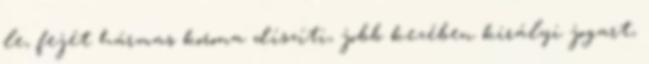
le, fejét hármas korona díszíti, jobb kezében királyi jogart,